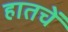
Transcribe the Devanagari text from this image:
हातचें